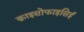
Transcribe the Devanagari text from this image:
क्राइसोफाइसिई